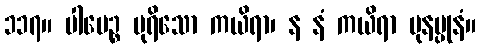
၁၁၇။ ပါပေဉ္စ ပုရိသော ကယိရာ၊ န နံ ကယိရာ ပုနပ္ပုနံ။